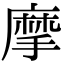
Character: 摩